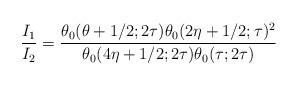
LaTeX: \begin{align*}\frac{I_1}{I_2} = \frac{\theta_0(\theta + 1/2; 2\tau) \theta_0(2\eta + 1/2; \tau)^2}{\theta_0(4\eta + 1/2; 2\tau) \theta_0(\tau; 2\tau)}\end{align*}